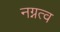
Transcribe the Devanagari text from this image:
नग्नत्व